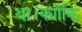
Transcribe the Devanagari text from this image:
था।क्योंकि